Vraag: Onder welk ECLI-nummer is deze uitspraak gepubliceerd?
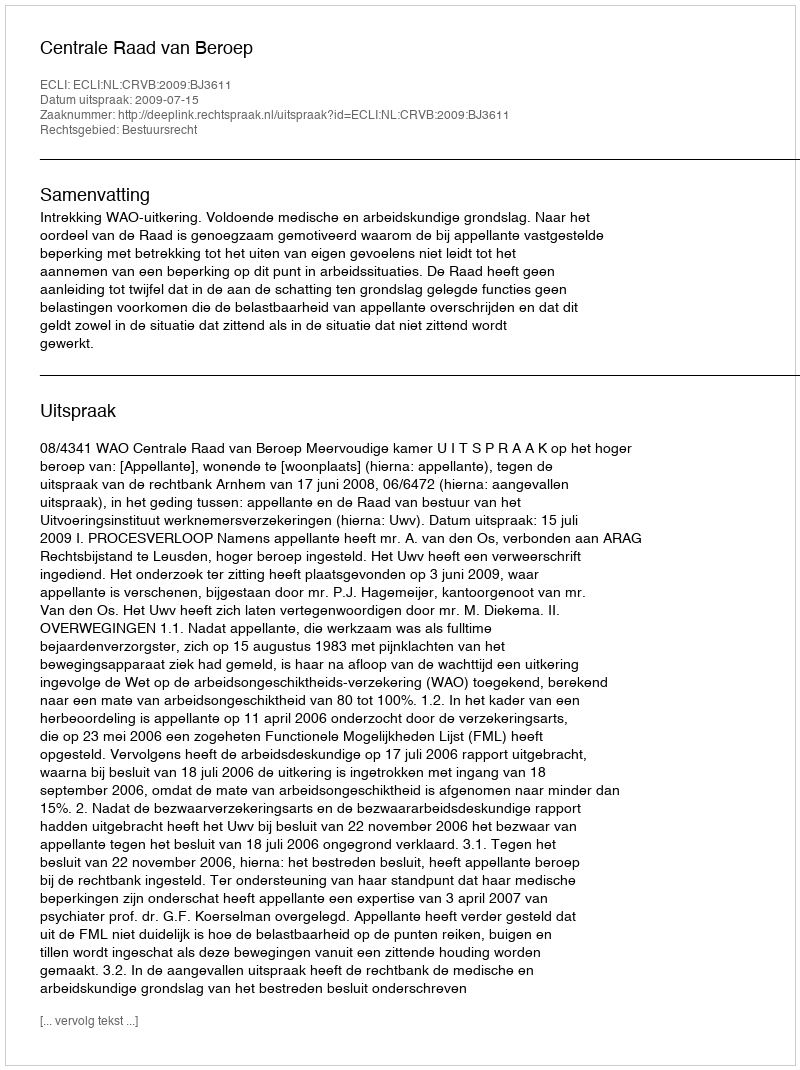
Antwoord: ECLI:NL:CRVB:2009:BJ3611